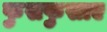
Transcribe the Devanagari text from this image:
फुसफुसाए